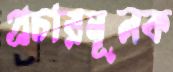
প্রচারমূলক